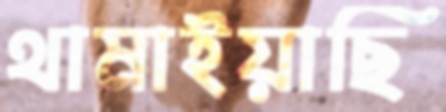
থামাইয়াছি